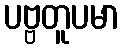
ပဗ္ဗတူပမာ